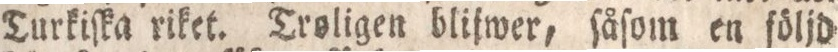
Turkiſka riket. Troligen bliſwer, ſåſom en följd